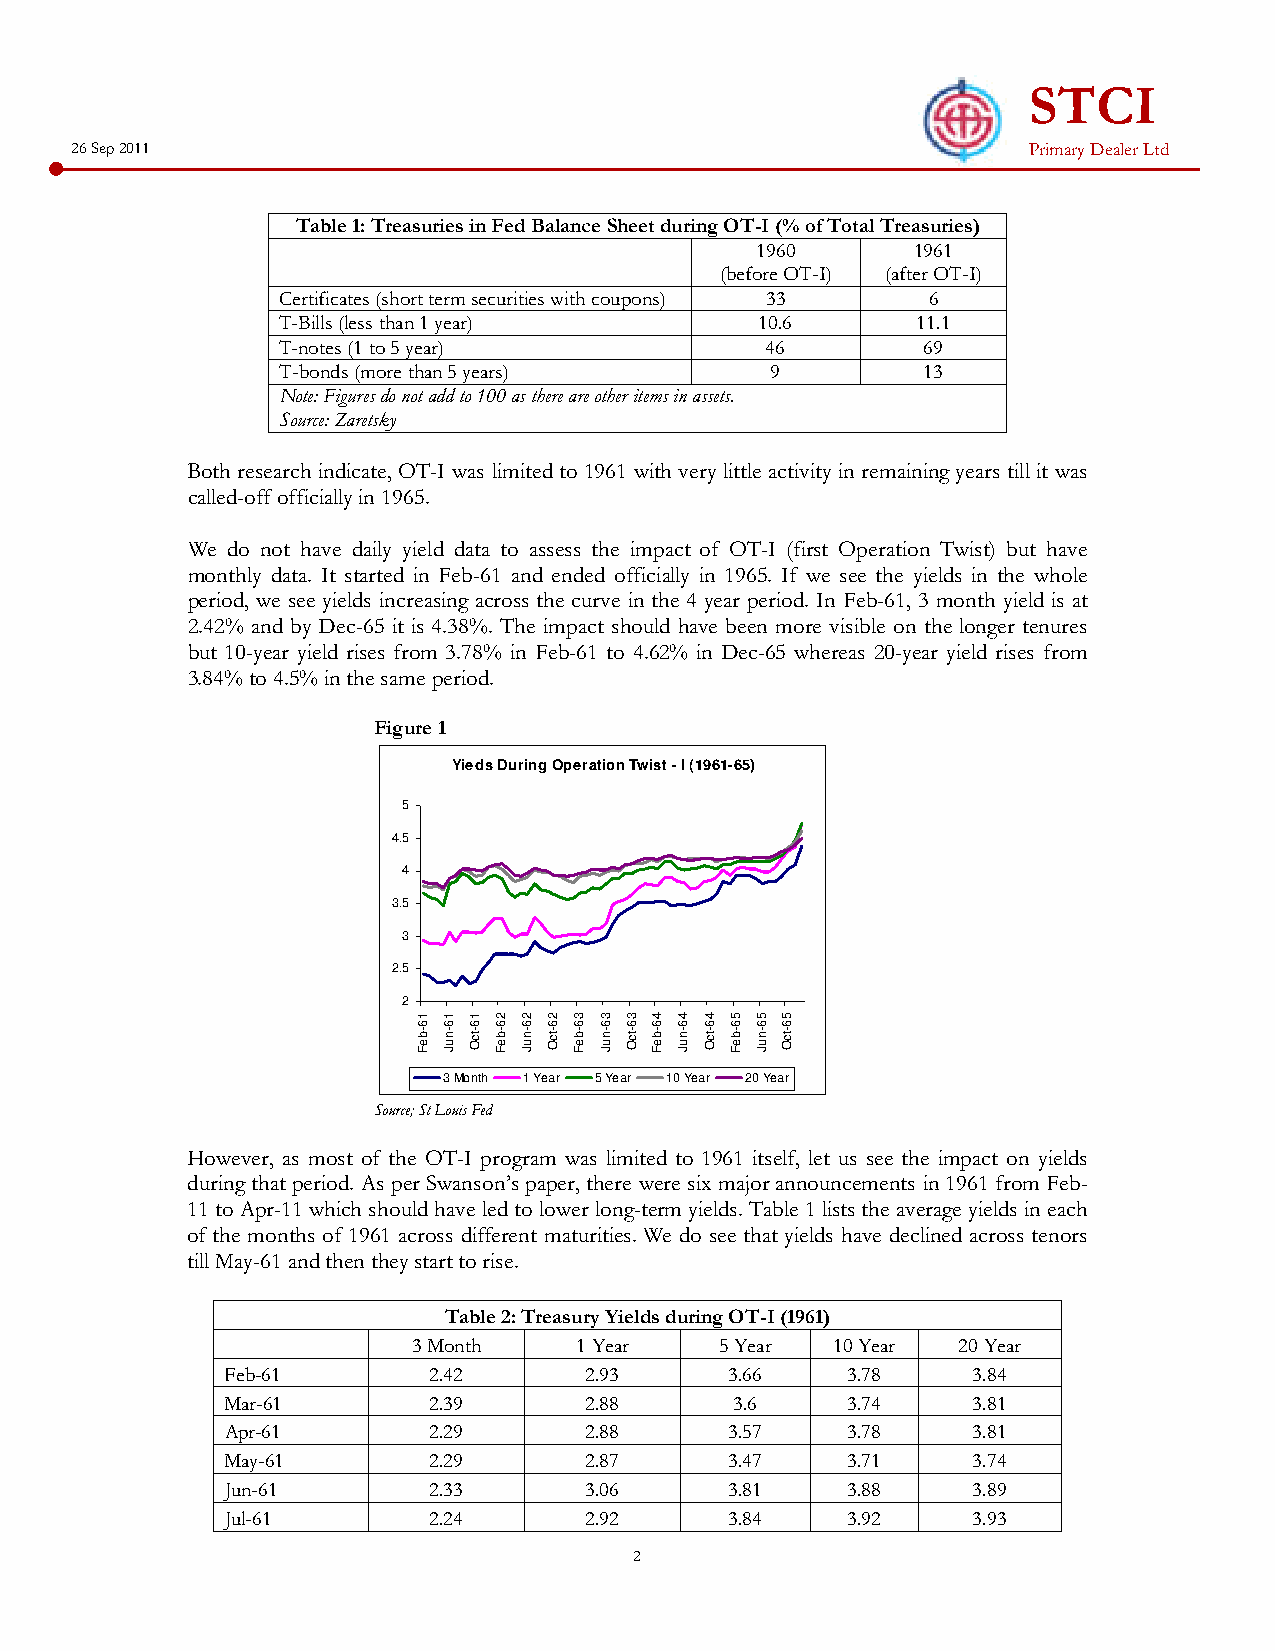
STCI
 26 Sep 2011                                                    Primary Dealer Ltd
 Table 1: Treasuries in Fed Balance Sheet during OT-I (% of Total Treasuries)
 1960       1961
 (before OT-I) (after OT-I)
 Certificates (short term securities with coupons) 33 6
 T-Bills (less than 1 year)     10.6       11.1
 T-notes (1 to 5 year)           46        69
 T-bonds (more than 5 years)     9         13
 Note: Figures do not add to 100 as there are other items in assets.
 Source: Zaretsky
 Both research indicate, OT-I was limited to 1961 with very little activity in remaining years till it was
 called-off officially in 1965.
 We do not have daily yield data to assess the impact of OT-I (first Operation Twist) but have
 monthly data. It started in Feb-61 and ended officially in 1965. If we see the yields in the whole
 period, we see yields increasing across the curve in the 4 year period. In Feb-61, 3 month yield is at
 2.42% and by Dec-65 it is 4.38%. The impact should have been more visible on the longer tenures
 but 10-year yield rises from 3.78% in Feb-61 to 4.62% in Dec-65 whereas 20-year yield rises from
 3.84% to 4.5% in the same period.
 Figure 1
 Yieds During Operation Twist - I (1961-65)
 5
 4.5
 4
 3.5
 3
 2.5
 2
 3 Month 1 Year 5 Year 10 Year 20 Year
 Source; St Louis Fed
 However, as most of the OT-I program was limited to 1961 itself, let us see the impact on yields
 during that period. As per Swanson’s paper, there were six major announcements in 1961 from Feb-
 11 to Apr-11 which should have led to lower long-term yields. Table 1 lists the average yields in each
 of the months of 1961 across different maturities. We do see that yields have declined across tenors
 till May-61 and then they start to rise.
 Table 2: Treasury Yields during OT-I (1961)
 3 Month    1 Year    5 Year 10 Year 20 Year
 Feb-61       2.42       2.93     3.66    3.78    3.84
 Mar-61       2.39       2.88      3.6    3.74    3.81
 Apr-61       2.29       2.88     3.57    3.78    3.81
 May-61       2.29       2.87     3.47    3.71    3.74
 Jun-61       2.33       3.06     3.81    3.88    3.89
 Jul-61       2.24       2.92     3.84    3.92    3.93
 2
 16-beF 16-nuJ 16-tcO 26-beF 26-nuJ 26-tcO 36-beF 36-nuJ 36-tcO 46-beF 46-nuJ 46-tcO 56-beF 56-nuJ 56-tcO